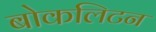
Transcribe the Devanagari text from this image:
बोकलिटन